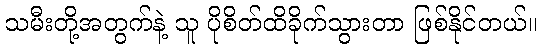
သမီးတို့အတွက်နဲ့ သူ ပိုစိတ်ထိခိုက်သွားတာ ဖြစ်နိုင်တယ်။